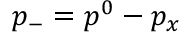
p _ { - } = p ^ { 0 } - p _ { x }